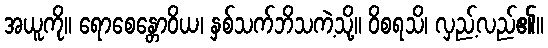
အယူကို။ ရောစေန္တောဝိယ၊ နှစ်သက်ဘိသကဲ့သို့။ ဝိစရသိ၊ လှည့်လည်၏။